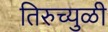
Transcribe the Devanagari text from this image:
तिरुच्युळी